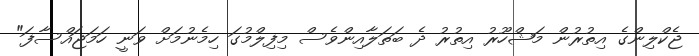
ޖެކްލިންގެ އިތުރުން މަޝްހޫރު އިތުރު ދެ ބަތަލާއިންވެސް މިފިލްމުގަ ހިމެނުމަށް ވަނީ ހަމަޖައްސާފަ"